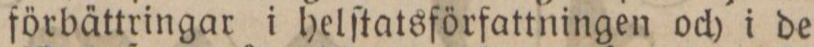
förbättringar i helſtatsförfattningen och i de